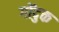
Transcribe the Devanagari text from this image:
गोंदुक